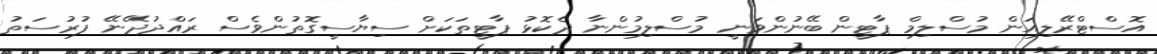
އޮސްޓްރޭލިއަން މުސްލިމް ޕާޓީން ބޭނުންވަނީ މުސްލިމުންނާ ދެކޮޅު ޕާޓީތަކަށް ސިޔާސީގޮތުންވެސް ރައްދުދޭނޭ ފުރުސަތު